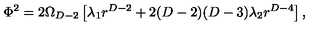
\Phi ^ { 2 } = 2 \Omega _ { D - 2 } \left[ \lambda _ { 1 } r ^ { D - 2 } + 2 ( D - 2 ) ( D - 3 ) \lambda _ { 2 } r ^ { D - 4 } \right] ,